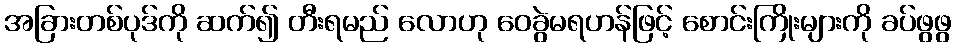
အခြားတစ်ပုဒ်ကို ဆက်၍ တီးရမည် လောဟု ဝေခွဲမရဟန်ဖြင့် စောင်းကြိုးများကို ခပ်ဖွဖွ